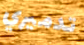
تدميري